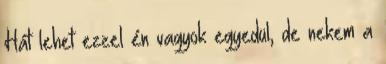
Hát lehet ezzel én vagyok egyedül, de nekem a